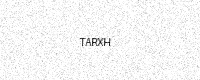
Text: TARXH